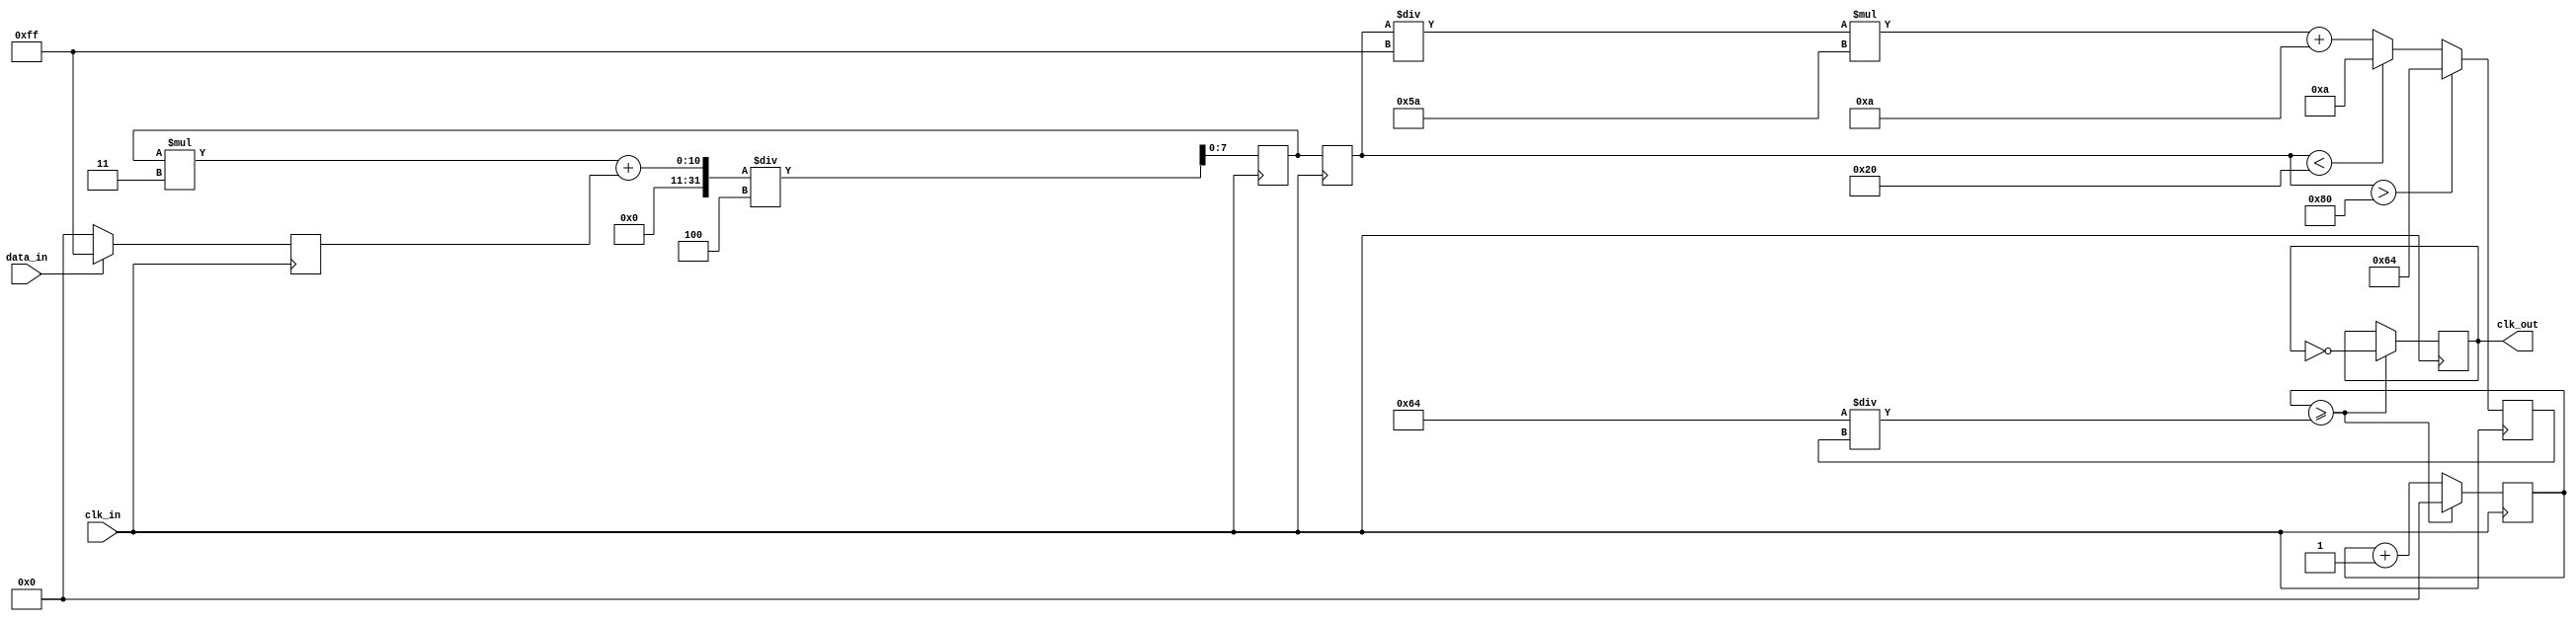
module ClockRecoveryPLL (
    input wire clk_in,          // Input data clock
    input wire data_in,         // Input data stream
    output reg clk_out          // Output recovered clock
);

    // Parameters
    parameter integer VCO_MAX_FREQ = 100; // Max frequency for VCO
    parameter integer VCO_MIN_FREQ = 10;   // Min frequency for VCO
    parameter integer LPF_ALPHA = 4;        // Low Pass Filter coefficient

    // Internal signals
    reg [7:0] phase_error;      // Phase error signal from PD
    reg [7:0] control_voltage;   // Control voltage for VCO
    reg [7:0] vco_freq;          // Current frequency of VCO
    reg [7:0] lpf_output;        // Output of the Low Pass Filter
    reg [7:0] counter;           // Counter for clock generation

    // Phase Detector (PD)
    always @(posedge clk_in) begin
        if (data_in) begin
            phase_error <= 8'hFF; // Data transition detected
        end else begin
            phase_error <= 8'h00; // No transition
        end
    end

    // Low Pass Filter (LPF)
    always @(posedge clk_in) begin
        lpf_output <= (lpf_output * (LPF_ALPHA - 1) + phase_error) / LPF_ALPHA;
        control_voltage <= lpf_output; // Update control voltage
    end

    // Voltage-Controlled Oscillator (VCO)
    always @(posedge clk_in) begin
        // Adjust VCO frequency based on control voltage
        if (control_voltage > 8'h80) begin
            vco_freq <= VCO_MAX_FREQ; // Increase frequency
        end else if (control_voltage < 8'h20) begin
            vco_freq <= VCO_MIN_FREQ; // Decrease frequency
        end else begin
            vco_freq <= (control_voltage / 8'hFF) * (VCO_MAX_FREQ - VCO_MIN_FREQ) + VCO_MIN_FREQ; // Scale frequency
        end
    end

    // Clock Generation
    always @(posedge clk_in) begin
        counter <= counter + 1;
        if (counter >= (100 / vco_freq)) begin
            clk_out <= ~clk_out; // Toggle output clock
            counter <= 0; // Reset counter
        end
    end

endmodule